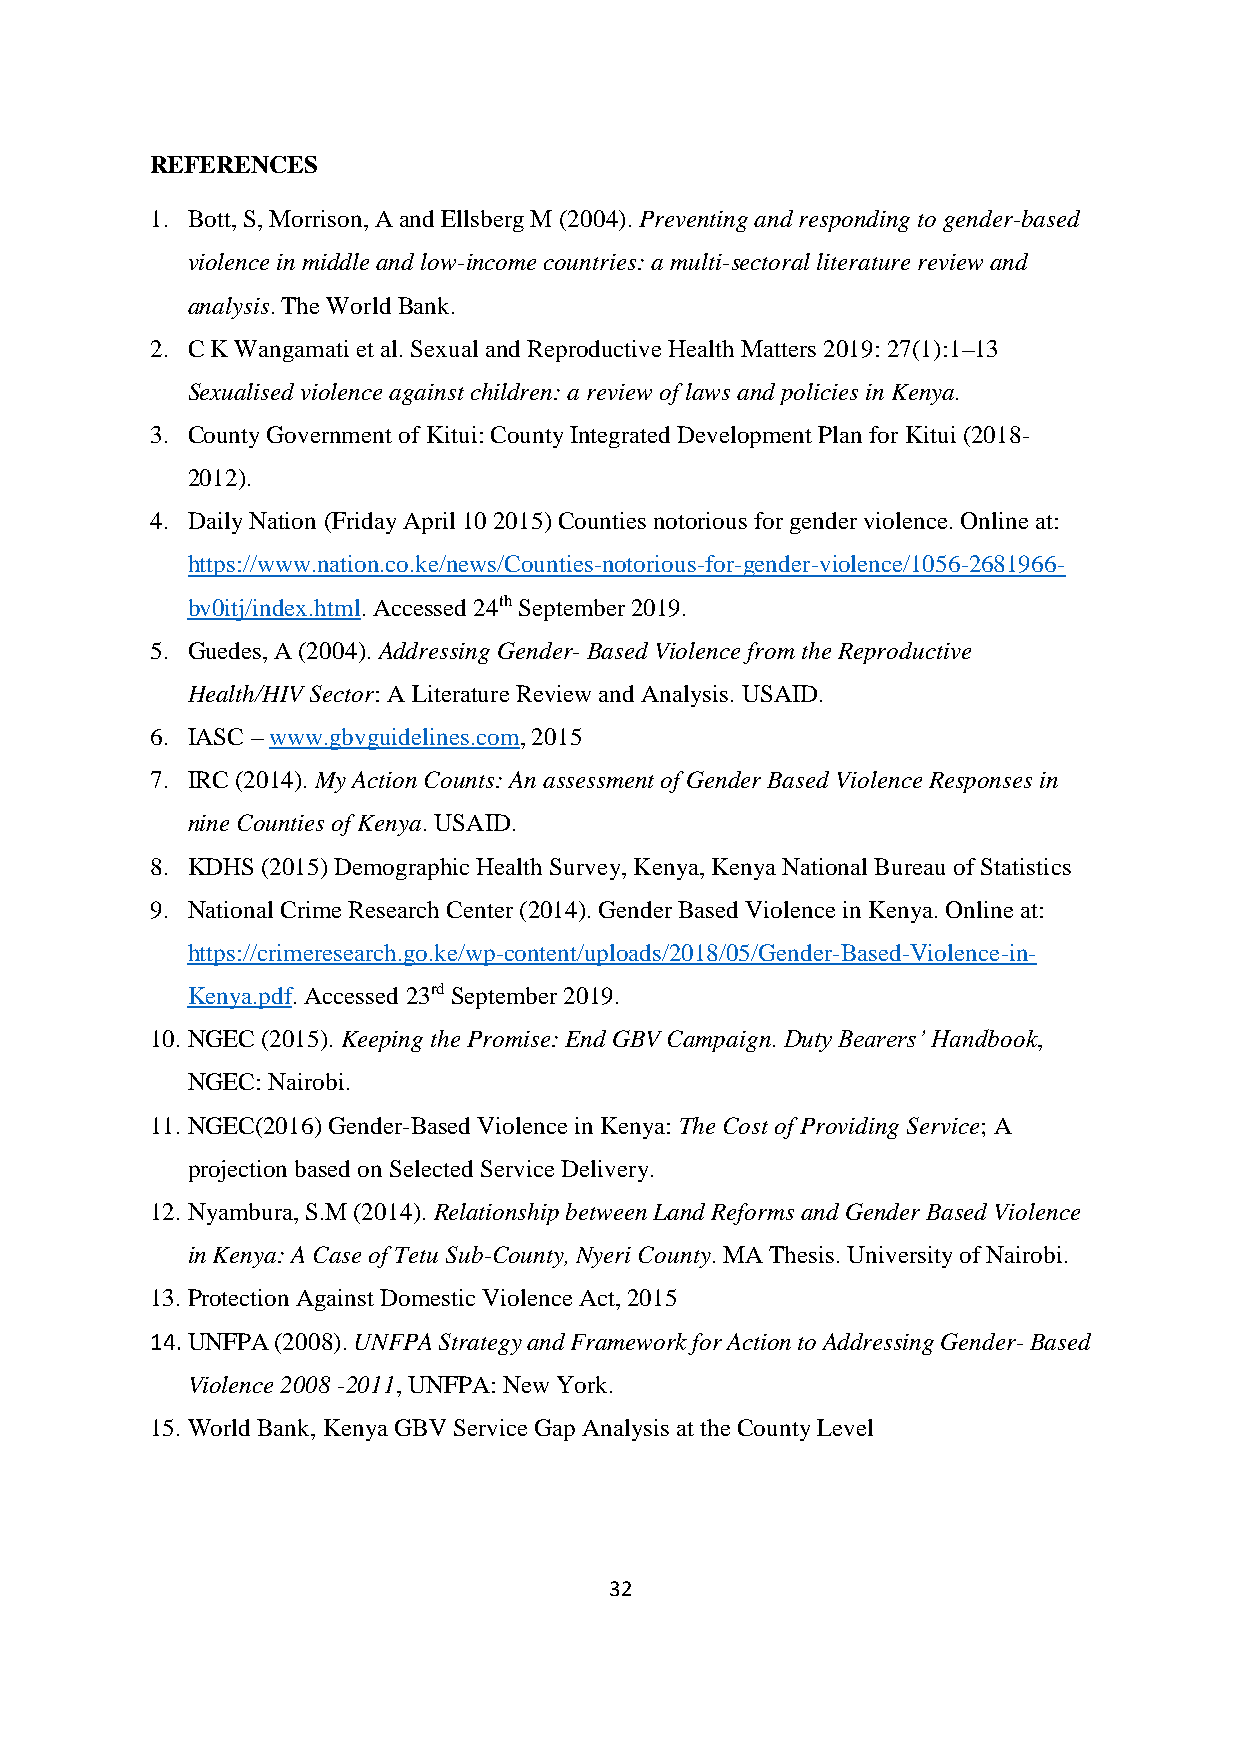
REFERENCES
 1. Bott, S, Morrison, A and Ellsberg M (2004). Preventing and responding to gender-based
 violence in middle and low-income countries: a multi-sectoral literature review and
 analysis. The World Bank.
 2. C K Wangamati et al. Sexual and Reproductive Health Matters 2019: 27(1):1–13
 Sexualised violence against children: a review of laws and policies in Kenya.
 3. County Government of Kitui: County Integrated Development Plan for Kitui (2018-
 2012).
 4. Daily Nation (Friday April 10 2015) Counties notorious for gender violence. Online at:
 https://www.nation.co.ke/news/Counties-notorious-for-gender-violence/1056-2681966-
 bv0itj/index.html. Accessed 24th September 2019.
 5. Guedes, A (2004). Addressing Gender- Based Violence from the Reproductive
 Health/HIV Sector: A Literature Review and Analysis. USAID.
 6. IASC – www.gbvguidelines.com, 2015
 7. IRC (2014). My Action Counts: An assessment of Gender Based Violence Responses in
 nine Counties of Kenya. USAID.
 8. KDHS (2015) Demographic Health Survey, Kenya, Kenya National Bureau of Statistics
 9. National Crime Research Center (2014). Gender Based Violence in Kenya. Online at:
 https://crimeresearch.go.ke/wp-content/uploads/2018/05/Gender-Based-Violence-in-
 Kenya.pdf. Accessed 23rd September 2019.
 10. NGEC (2015). Keeping the Promise: End GBV Campaign. Duty Bearers’ Handbook,
 NGEC: Nairobi.
 11. NGEC(2016) Gender-Based Violence in Kenya: The Cost of Providing Service; A
 projection based on Selected Service Delivery.
 12. Nyambura, S.M (2014). Relationship between Land Reforms and Gender Based Violence
 in Kenya: A Case of Tetu Sub-County, Nyeri County. MA Thesis. University of Nairobi.
 13. Protection Against Domestic Violence Act, 2015
 14. UNFPA (2008). UNFPA Strategy and Framework for Action to Addressing Gender- Based
 Violence 2008 -2011, UNFPA: New York.
 15. World Bank, Kenya GBV Service Gap Analysis at the County Level
 32